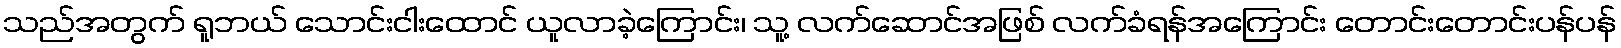
သည်အတွက် ရူဘယ် သောင်းငါးထောင် ယူလာခဲ့ကြောင်း၊ သူ့ လက်ဆောင်အဖြစ် လက်ခံရန်အကြောင်း တောင်းတောင်းပန်ပန်